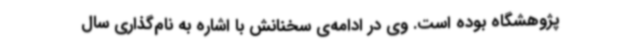
پژوهشگاه بوده است. وی در ادامه‌ی سخنانش با اشاره به نام‌گذاری سال